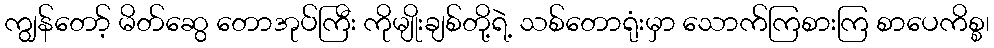
ကျွန်တော့် မိတ်ဆွေ တောအုပ်ကြီး ကိုမျိုးချစ်တို့ရဲ့ သစ်တောရုံးမှာ သောက်ကြစားကြ စာပေကိစ္စ၊